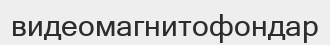
видеомагнитофондар